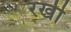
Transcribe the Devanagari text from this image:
रखीँ